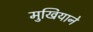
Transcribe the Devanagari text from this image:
मुखियाने